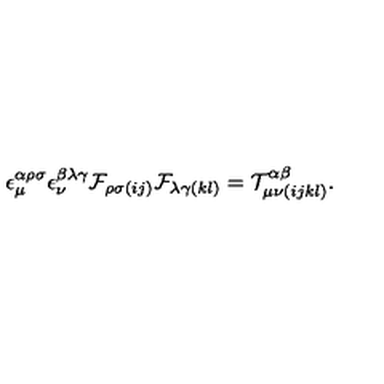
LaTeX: \epsilon _ { \mu } ^ { \alpha \rho \sigma } \epsilon _ { \nu } ^ { \beta \lambda \gamma } { \cal F } _ { \rho \sigma ( i j ) } { \cal F } _ { \lambda \gamma ( k l ) } = { \cal T } _ { \mu \nu ( i j k l ) } ^ { \alpha \beta } .